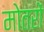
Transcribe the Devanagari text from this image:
मोतरों